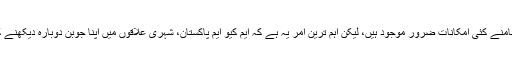
دو کشتیوں میں سوار ہونے سے قبل ان کے سامنے کئی امکانات ضرور موجود ہیں، لیکن اہم ترین امر یہ ہے کہ ایم کیو ایم پاکستان، شہری علاقوں میں اپنا جوبن دوبارہ دیکھنے کے لئے ”مناسب وقت“ کا انتظار کررہی ہے۔